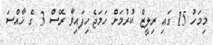
މިމަހު 15 ގައި ރިލީޒް ކުރުމަށް ހަމަޖެހިފައިވާ ރޭސް 3 ގެ ޚާއްސަ